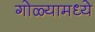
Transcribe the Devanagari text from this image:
गोळ्यामध्ये